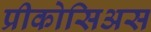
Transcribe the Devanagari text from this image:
प्रीकोसिअस